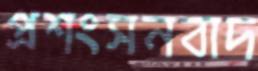
প্রশংসনবাদ